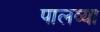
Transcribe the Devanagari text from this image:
पालव्या